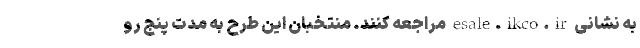
به نشانی esale.ikco.ir مراجعه کنند. منتخبان این طرح به مدت پنج رو